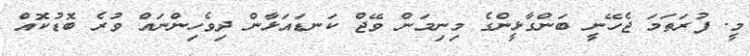
މީ. ފުރަތަމަ ޖެހޭނީ ބަންގާޅީންގެ މިނިމަން ވޭޖް ކަނޑައަޅާން ދިވެހިންނައް ވުރެ ބޮޑުކޮއް